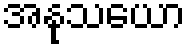
အနုသယော